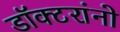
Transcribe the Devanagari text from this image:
डॉक्‍टरांनो